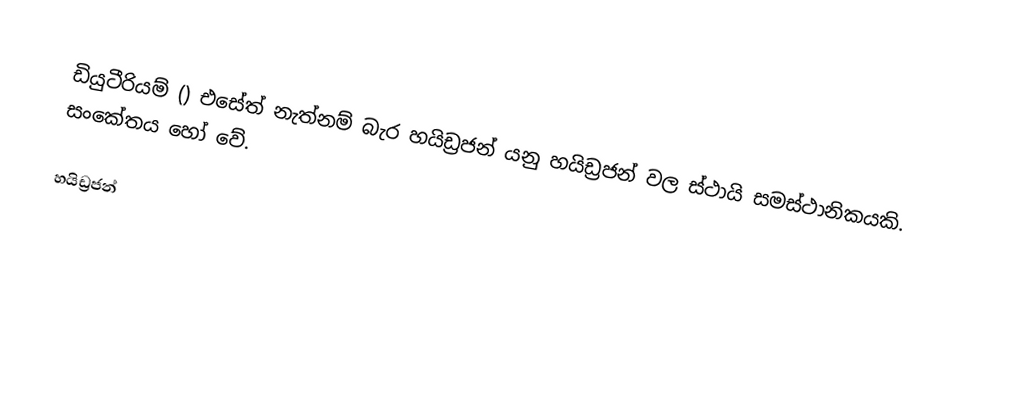
ඩියුටීරියම් () එසේත් නැත්නම් බැර හයිඩ්‍රජන් යනු හයිඩ්‍රජන් වල ස්ථායි සමස්ථානිකයකි. සංකේතය  හෝ  වේ.

හයිඩ්‍රජන්